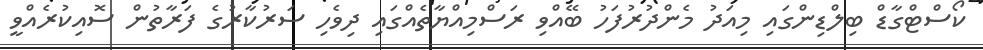
ކޯސްޓްގާޑް ބިލްޑިންގައި މިއަދު މެންދުރުފަހު ބޭއްވި ރަސްމިއްޔާތެއްގައި ދިވެހި ސަރުކާރުގެ ފަރާތުން ސޮއިކުރެއްވީ